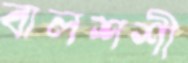
বালশশী